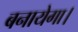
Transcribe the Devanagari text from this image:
बनायेगा।